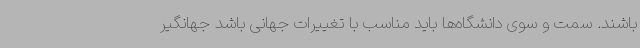
باشند. سمت و سوی دانشگاه‌ها باید مناسب با تغییرات جهانی باشد جهانگیر